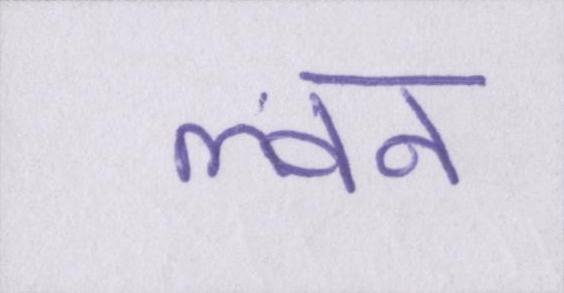
ल्वन